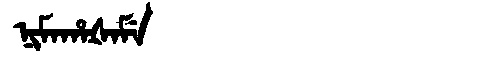
Manchu: ᠨᡳᠮᠠᡥᠠᡧᠠᠮᡝ
Romanization: NIMAHAŠAME